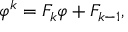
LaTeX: \varphi ^ { k } = F _ { k } \varphi + F _ { k - 1 } ,